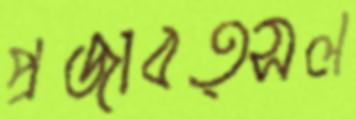
প্রজাবত্সল